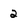
Character: 2